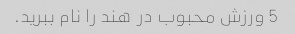
5 ورزش محبوب در هند را نام ببرید.